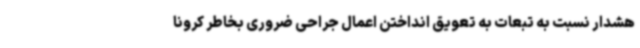
هشدار نسبت به تبعات به تعویق انداختن اعمال جراحی ضروری بخاطر کرونا